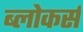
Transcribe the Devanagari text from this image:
ब्लोकर्स